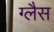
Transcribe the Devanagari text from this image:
ग्लैस